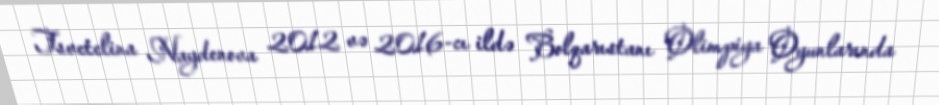
Tsvetelina Naydenova 2012 və 2016-cı ildə Bolqarıstanı Olimpiya Oyunlarında